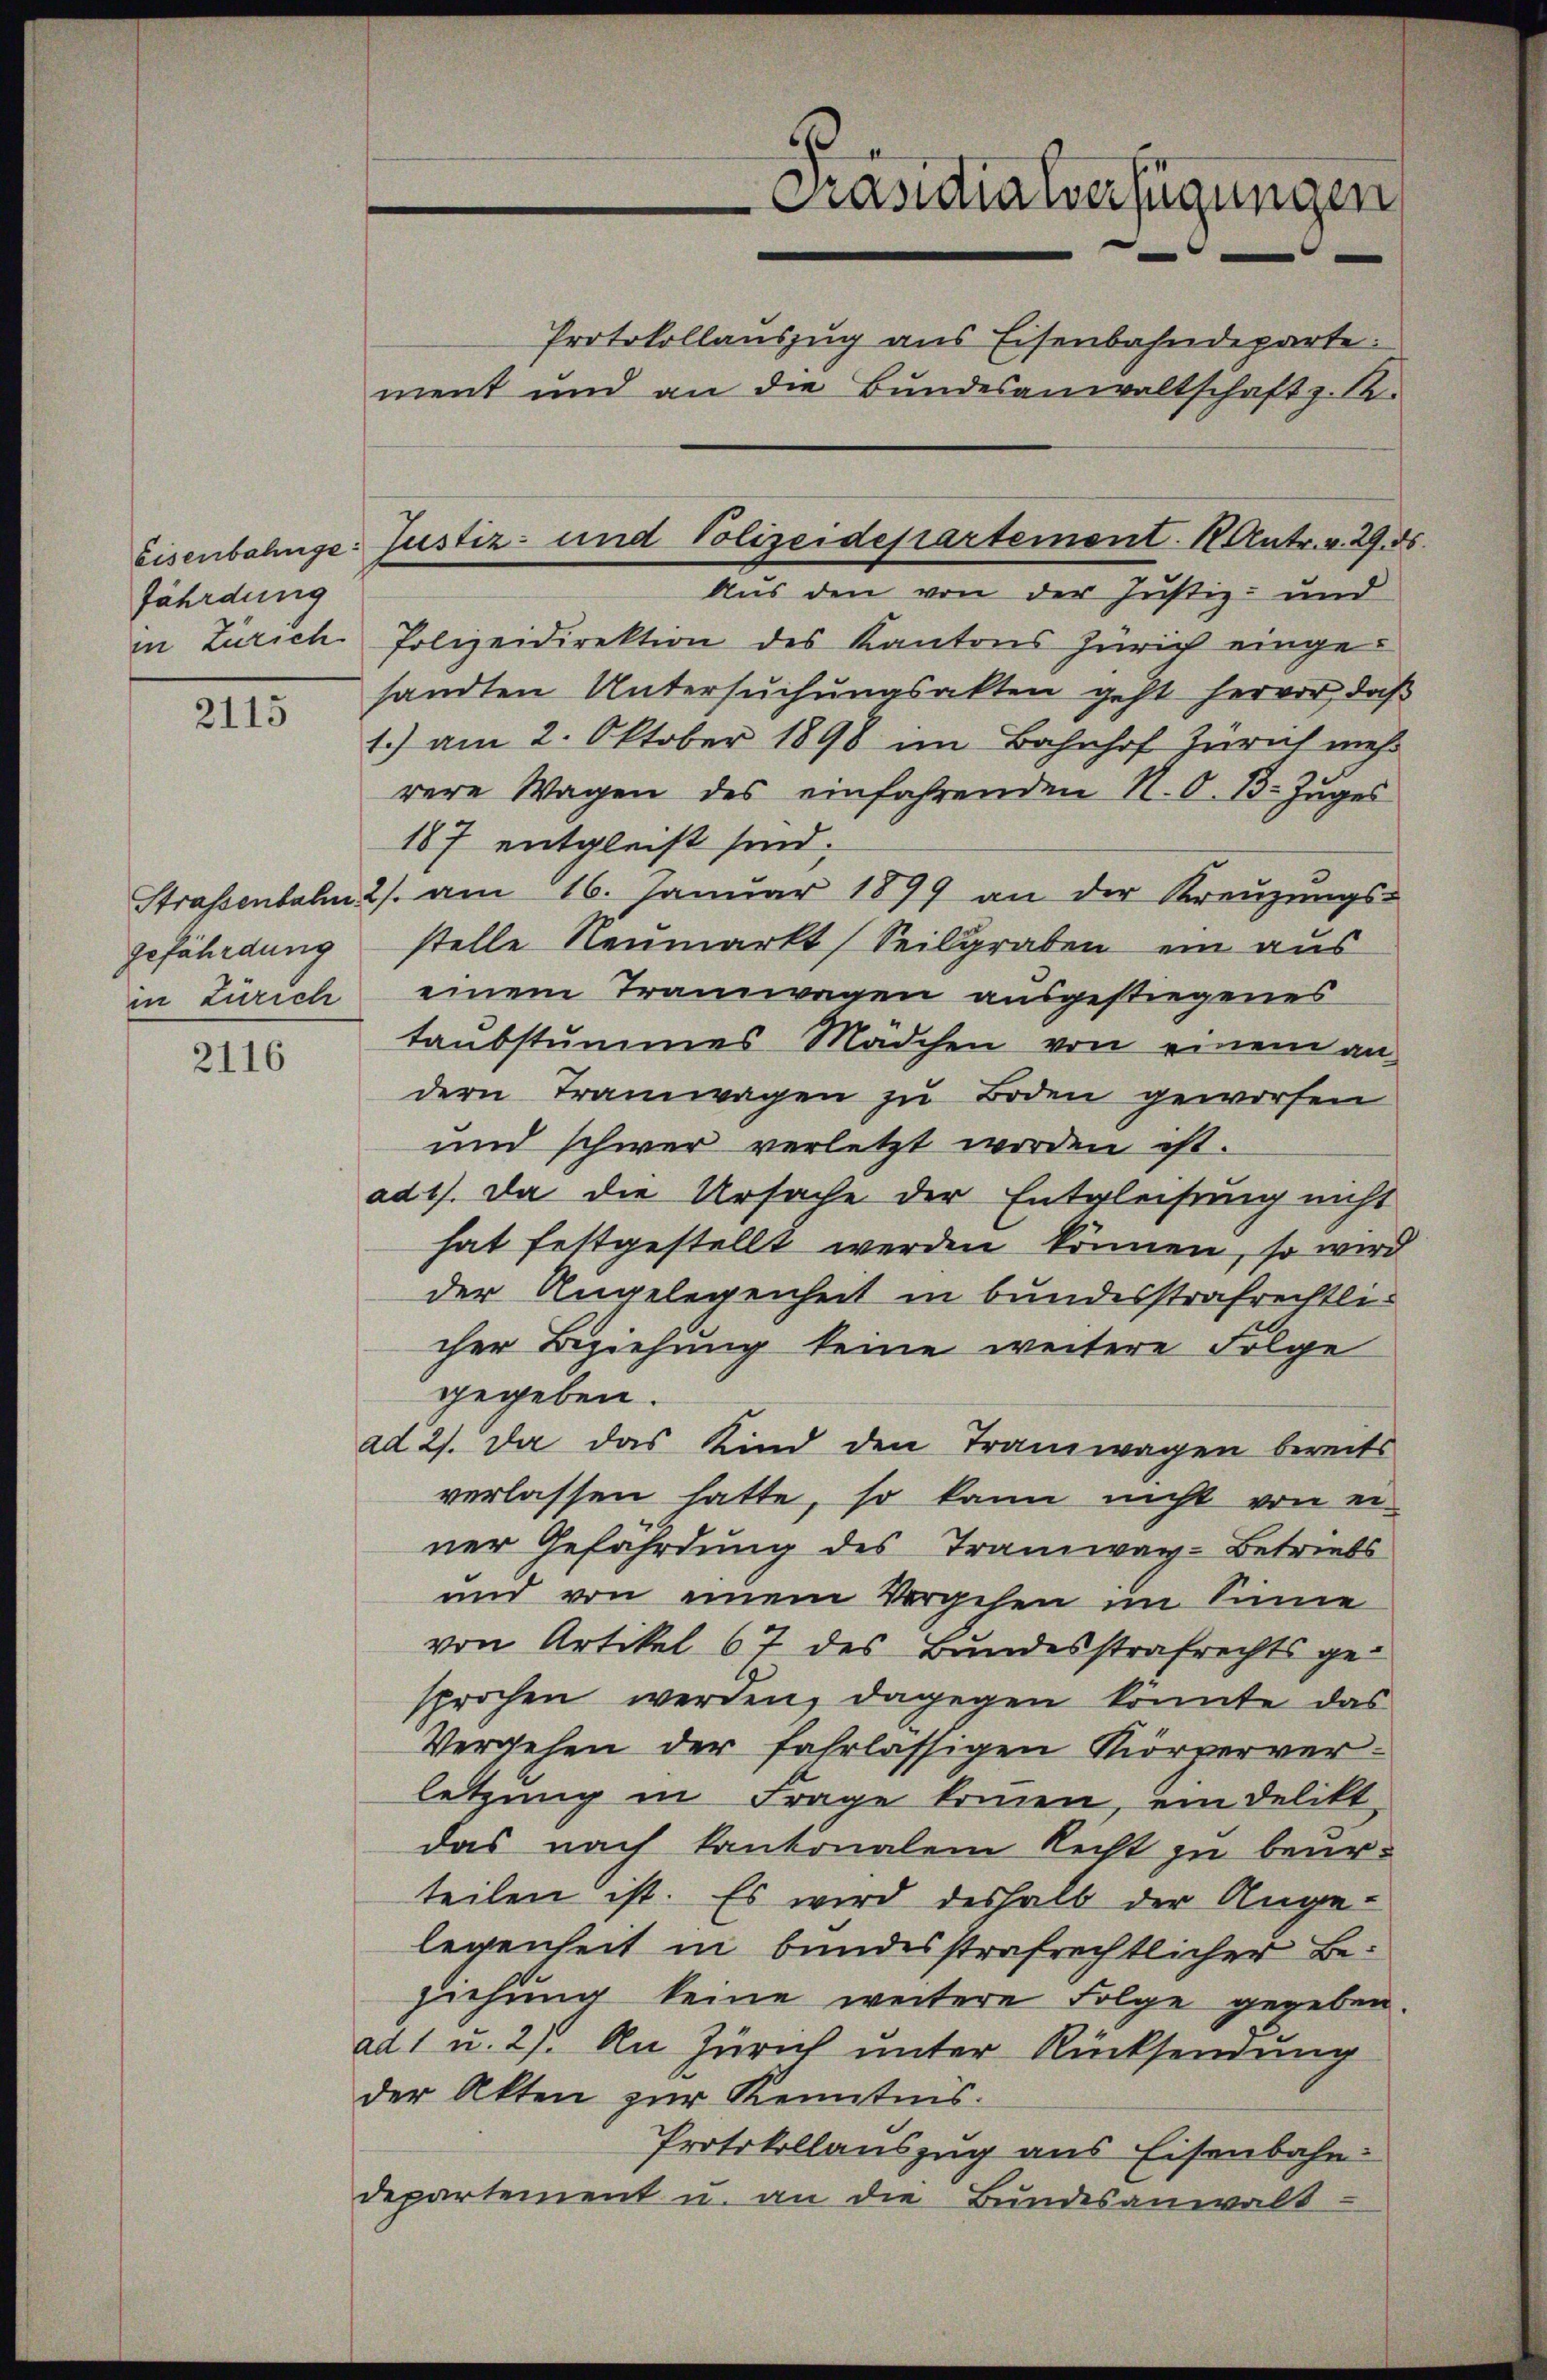
Eisenbahnge
fährdung
in Zürich

2115

gefährdung
in Zürich

2116

Präsidialverfügungen
Protokollauszug aus Eisenbahndeparte:
ment und an die Bundesanwaltschaft z. R.

Aus den von der Justiz- und
Polizeidirektion des Kantons Zürich eingesandten Untersuchungsakten geht hervor, daß
1.) am 2. Oktober 1898 im Bahnhof Zürich mehr
rere Wagen des einfahrenden N. O. 13. Zuges
187 entgleist sind.
Strassenbahn 2/. am 16. Januar 1899 an der Kreŭzŭngs-
stelle Neumarkt (Seilgraben ein aus
einem Tramwagen ausgestiegenes
taubstummes Mädchen von einem an-
dern Tramwagen zu Boden geworfen
und schwer verletzt worden ist.
ad 1. Da die Ursache der Entgleitung nicht
hat festgestellt werden können, so wird
der Angelegenheit in bundesstrafrechtlicher Beziehung keine weitere Folge
gegeben.
ad 2. Da das Kind den Tramwagen bereits
verlassen hatte, so kann nicht von einer Gefährdung des Tramway-Betriebs
und von einem Vorgehen im Sinne
von Artikel 67 des Bundesstrafrechts gesprochen werden, dagegen könnte das
Vergehen der fahrlässigen Körperverletzung in Frage kommen, ein Delikt
das nach kantonalem Recht zu beurteilen ist. Es wird deshalb der Ange-
legenheit in bundesstrafrechtlicher Beziehung keine weitere Folge gegeben
ad 1 u. 27. An Zürich unter Rücksendung
der Akten zur Kenntnis.
Protokollauszug aus Eisenbahn-
departement u. an die Bundesanwalt

Justiz- und Polizeidepartement. 1. Antr. v. 29.